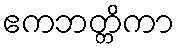
ဧကဘတ္တိကာ